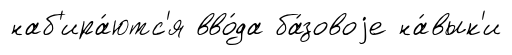
наб'ира́ютс'я вво́да ба́зовоjе на́вык'и